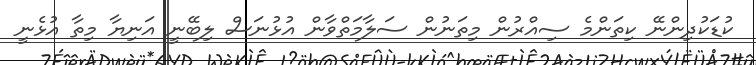
ކުޑަކުދިންނޭ ކިތަންމެ ސިއްރުން މިތަނުން ސަލާމަތްވާން އުޅުނަސް ލިބޭނީ އަނިޔާ މިތާ އުޅެނީ